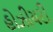
હોઝીયરી